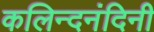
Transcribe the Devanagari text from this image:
कलिन्दनंदिनी